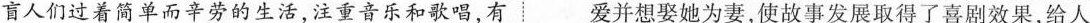
盲人们过着简单而辛劳的生活，注重音乐和歌唱，有爱并想娶她为妻，使故事发展取得了喜剧效果，给人